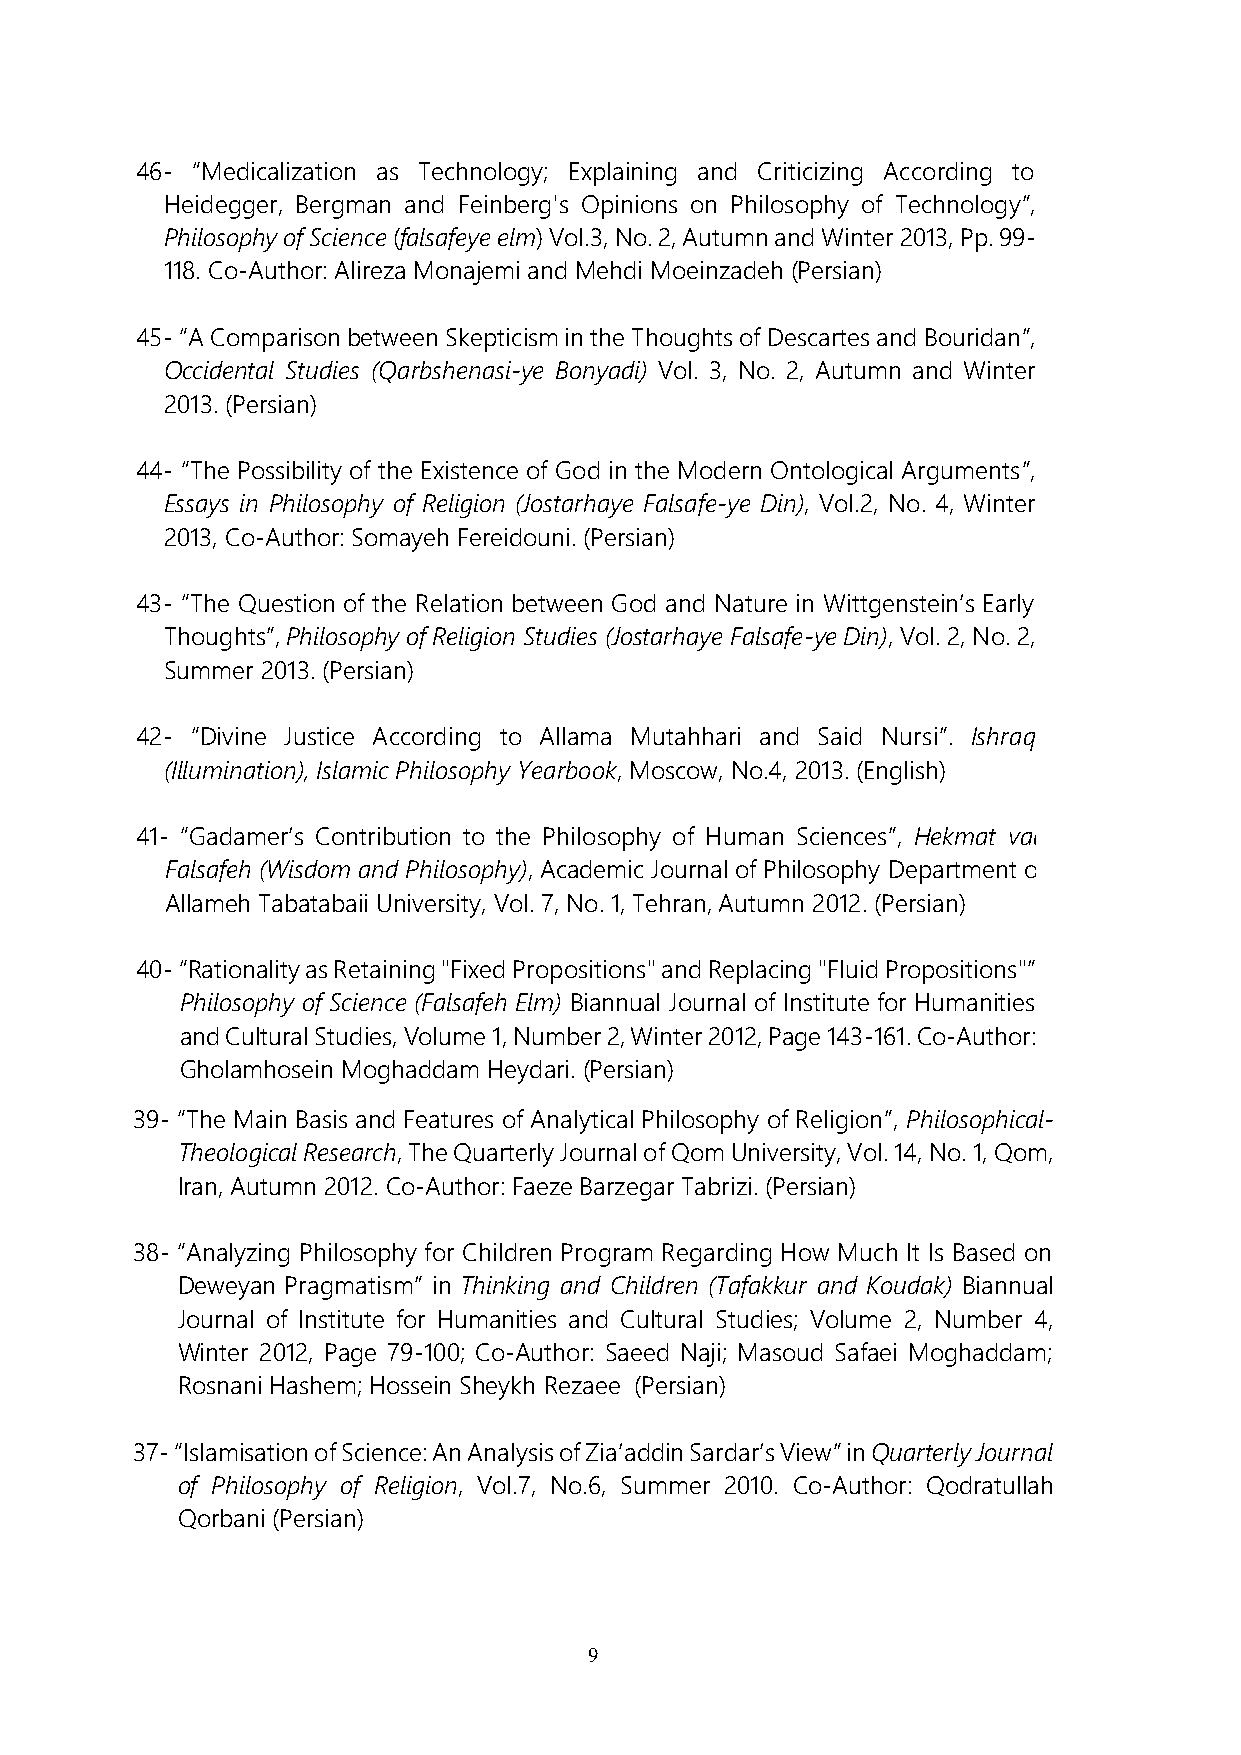
46- “Medicalization as Technology; Explaining and Criticizing According to
 Heidegger, Bergman and Feinberg's Opinions on Philosophy of Technology”,
 Philosophy of Science (falsafeye elm) Vol.3, No. 2, Autumn and Winter 2013, Pp. 99-
 118. Co-Author: Alireza Monajemi and Mehdi Moeinzadeh (Persian)
 45- “A Comparison between Skepticism in the Thoughts of Descartes and Bouridan”,
 Occidental Studies (Qarbshenasi-ye Bonyadi) Vol. 3, No. 2, Autumn and Winter
 2013. (Persian)
 44- “The Possibility of the Existence of God in the Modern Ontological Arguments”,
 Essays in Philosophy of Religion (Jostarhaye Falsafe-ye Din), Vol.2, No. 4, Winter
 2013, Co-Author: Somayeh Fereidouni. (Persian)
 43- “The Question of the Relation between God and Nature in Wittgenstein’s Early
 Thoughts”, Philosophy of Religion Studies (Jostarhaye Falsafe-ye Din), Vol. 2, No. 2,
 Summer 2013. (Persian)
 42- “Divine Justice According to Allama Mutahhari and Said Nursi”. Ishraq
 (Illumination), Islamic Philosophy Yearbook, Moscow, No.4, 2013. (English)
 41- “Gadamer’s Contribution to the Philosophy of Human Sciences”, Hekmat vaa
 Falsafeh (Wisdom and Philosophy), Academic Journal of Philosophy Department of
 Allameh Tabatabaii University, Vol. 7, No. 1, Tehran, Autumn 2012. (Persian)
 40- “Rationality as Retaining "Fixed Propositions" and Replacing "Fluid Propositions"”
 Philosophy of Science (Falsafeh Elm) Biannual Journal of Institute for Humanities
 and Cultural Studies, Volume 1, Number 2, Winter 2012, Page 143-161. Co-Author:
 Gholamhosein Moghaddam Heydari. (Persian)
 39- “The Main Basis and Features of Analytical Philosophy of Religion”, Philosophical-
 Theological Research, The Quarterly Journal of Qom University, Vol. 14, No. 1, Qom,
 Iran, Autumn 2012. Co-Author: Faeze Barzegar Tabrizi. (Persian)
 38- “Analyzing Philosophy for Children Program Regarding How Much It Is Based on
 Deweyan Pragmatism” in Thinking and Children (Tafakkur and Koudak) Biannual
 Journal of Institute for Humanities and Cultural Studies; Volume 2, Number 4,
 Winter 2012, Page 79-100; Co-Author: Saeed Naji; Masoud Safaei Moghaddam;
 Rosnani Hashem; Hossein Sheykh Rezaee (Persian)
 37- “Islamisation of Science: An Analysis of Zia’addin Sardar’s View” in Quarterly Journal
 of Philosophy of Religion, Vol.7, No.6, Summer 2010. Co-Author: Qodratullah
 Qorbani (Persian)
 9